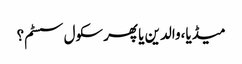
میڈیا،والدین یا پھر سکول سسٹم؟